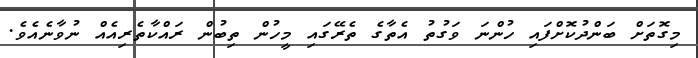
މިގޮތަށް ބަންދުކޮށްފައި ހުންނަ ވަގުތު އެތާގެ ތެރޭގައި މީހުން ތިބުން ރައްކާތެރިއެއް ނުވާނެއެވެ.